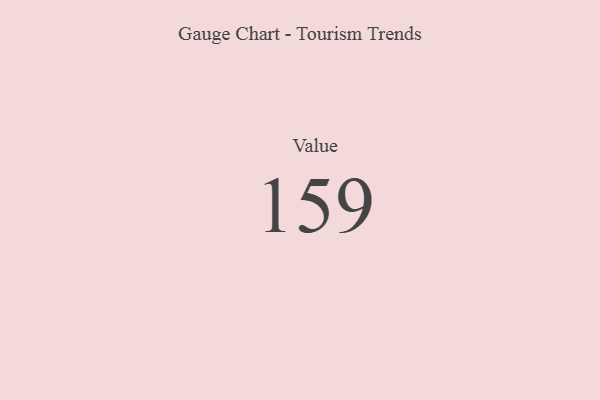
{"axis": {"x": "Metric", "y": "Value"}, "legend": [""], "data": [{"x": "Value", "y": 159, "type": ""}]}